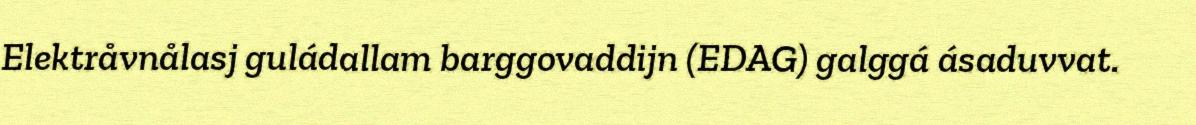
Elektråvnålasj guládallam barggovaddijn (EDAG) galggá ásaduvvat.